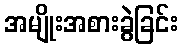
အမျိုးအစားခွဲခြင်း